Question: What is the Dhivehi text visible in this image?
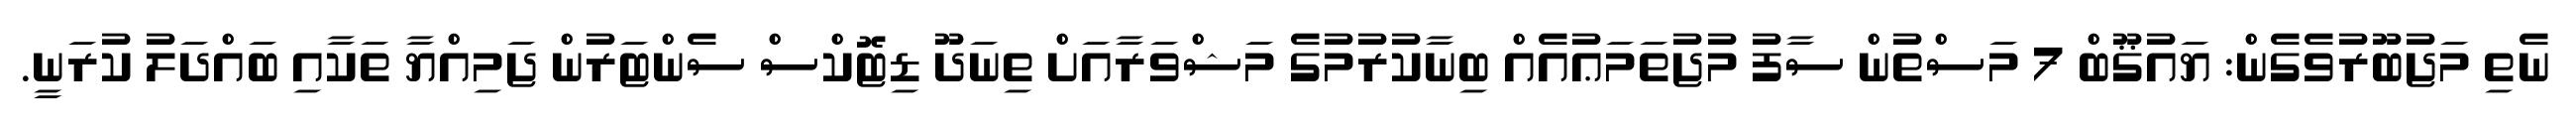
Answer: ނެތި މަޖުބޫރުވެގެން: ޔައުޤޫބް 7 މަސްތުން ސާފު މުޖުތަމަޢުއެއް ބިނާކުރުމުގެ މަޝްވަރާއަށް ތިނަދޫ ޑިޓޮކްސް ސެންޓަރުން ޖަމިއްޔާ ތަކާއި ބައްދަލު ކުރަނީ.